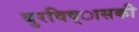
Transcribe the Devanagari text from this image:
बुरविष्ासकी